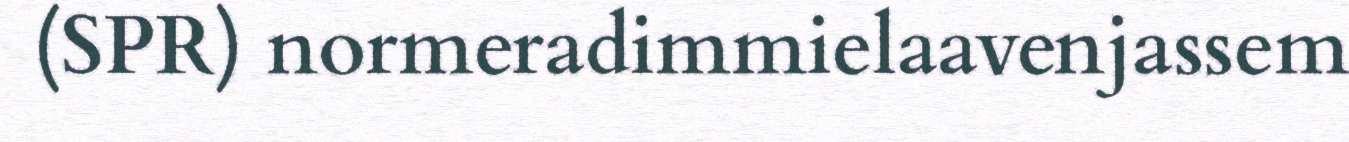
(SPR) normeradimmielaavenjassem